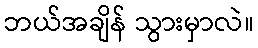
ဘယ်အချိန် သွားမှာလဲ။